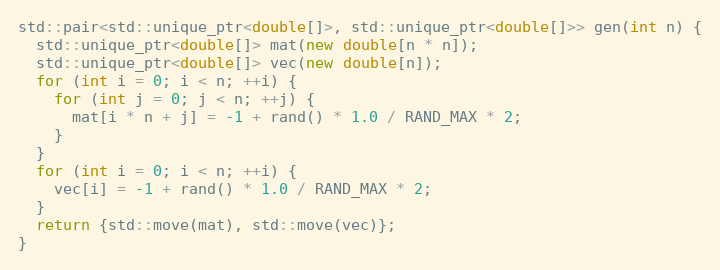
Language: C++
std::pair<std::unique_ptr<double[]>, std::unique_ptr<double[]>> gen(int n) {
  std::unique_ptr<double[]> mat(new double[n * n]);
  std::unique_ptr<double[]> vec(new double[n]);
  for (int i = 0; i < n; ++i) {
    for (int j = 0; j < n; ++j) {
      mat[i * n + j] = -1 + rand() * 1.0 / RAND_MAX * 2;
    }
  }
  for (int i = 0; i < n; ++i) {
    vec[i] = -1 + rand() * 1.0 / RAND_MAX * 2;
  }
  return {std::move(mat), std::move(vec)};
}